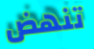
تنهض